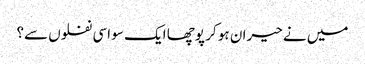
میں نے حیران ہو کر پوچھا ایک سو اسی نفلوں سے؟